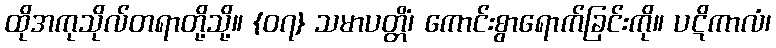
ထိုအကုသိုလ်တရာတို့သို့။ {၀၇} သမာပတ္တိံ၊ ကောင်းစွာရောက်ခြင်းကို။ ပဋိကာလံ၊